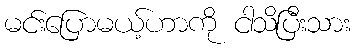
မင်းပြောမယ့်ဟာကို ငါသိပြီးသား